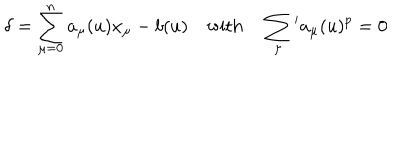
\delta = \sum _ { \mu = 0 } ^ { n } a _ { \mu } ( u ) x _ { \mu } - b ( u ) \quad \mathrm { w i t h } \quad \sum _ { \mu } { } ^ { \prime } a _ { \mu } ( u ) ^ { p } = 0